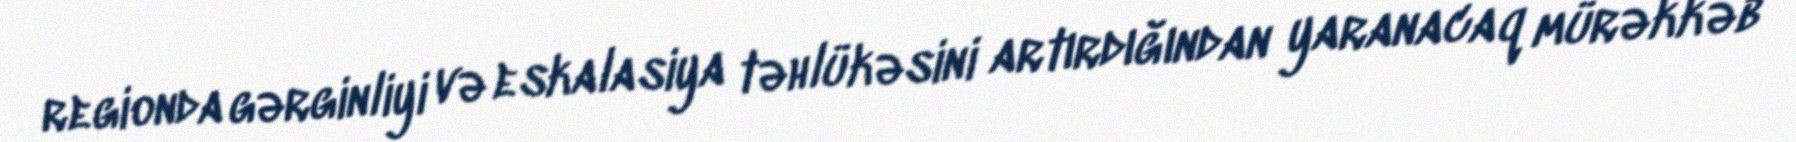
regionda gərginliyi və eskalasiya təhlükəsini artırdığından yaranacaq mürəkkəb